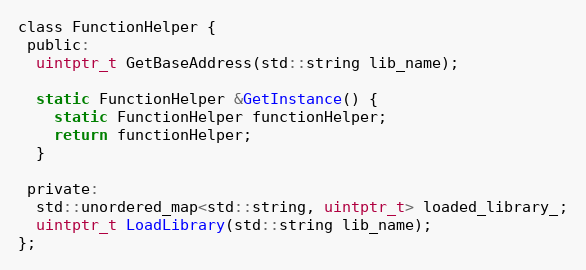
Language: C
class FunctionHelper {
 public:
  uintptr_t GetBaseAddress(std::string lib_name);

  static FunctionHelper &GetInstance() {
    static FunctionHelper functionHelper;
    return functionHelper;
  }

 private:
  std::unordered_map<std::string, uintptr_t> loaded_library_;
  uintptr_t LoadLibrary(std::string lib_name);
};